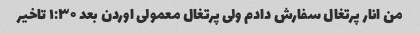
من انار پرتغال سفارش دادم ولی پرتغال معمولی اوردن بعد ۱:۳۰ تاخیر